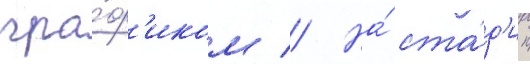
гра́ф'иком // На́ ста́д'ии